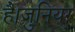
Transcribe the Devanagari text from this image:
है।जुनियर